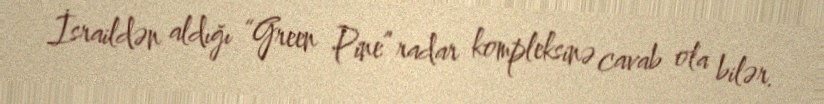
İsraildən aldığı “Green Pine” radar kompleksinə cavab ola bilər.